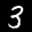
Label: 3